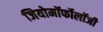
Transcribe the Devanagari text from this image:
जियोमॉर्फोलॉजी